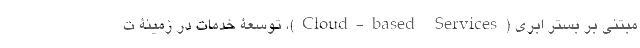
مبتنی بر بستر ابری (Cloud-based Services)، توسعۀ خدمات در زمینۀ ت